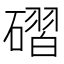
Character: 磖